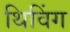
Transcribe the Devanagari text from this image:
थिविंग